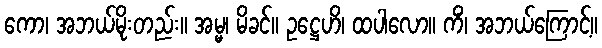
ကော၊ အဘယ်မိုးတည်း။ အမ္မ၊ မိခင်။ ဥဋ္ဌေဟိ၊ ထပါလော။ ကိံ၊ အဘယ်ကြောင့်။